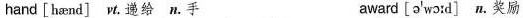
hand [hænd] vt.递给 n.手 award [ ə'wɔ:d] n.奖励